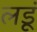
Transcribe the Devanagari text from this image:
लडूं